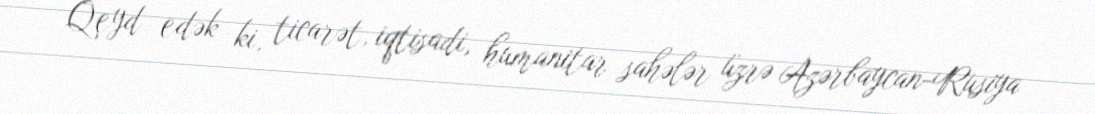
Qeyd edək ki, ticarət, iqtisadi, humanitar sahələr üzrə Azərbaycan-Rusiya